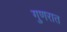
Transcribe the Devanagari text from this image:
गुणरात